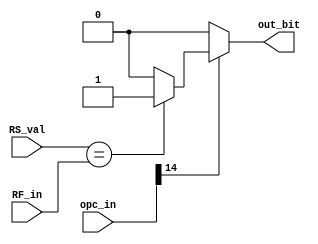
`timescale 1ns / 1ps
//////////////////////////////////////////////////////////////////////////////////
// Company: 
// Engineer: 
// 
// Design Name: 
// Module Name:    branch_ins_mod1 
// Project Name: 
// Target Devices: 
// Tool versions: 
// Description: 
//
// Dependencies: 
//
// Revision: 
// Revision 0.01 - File Created
// Additional Comments: 
//
//////////////////////////////////////////////////////////////////////////////////
module branch_ins_mod1(
    input [19:0] opc_in,
    input [31:0] RF_in,
    input [4:0] RS_val,
    output reg out_bit
    );

reg[31:0] RS_ext = 32'b0;

always @(*)
begin
	if(1 == opc_in[14])
	begin
		RS_ext[4:0] = RS_val;
		if(RS_ext == RF_in)
		begin
			out_bit = 1'b1;
		end
		else
		begin
			out_bit = 1'b0;
		end
	end
	else
	begin
		out_bit = 1'b0;
	end
end

endmodule